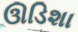
ઊડિશા